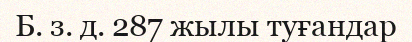
Б. з. д. 287 жылы туғандар